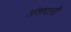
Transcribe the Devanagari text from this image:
अंशदारी